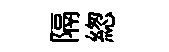
隔緫